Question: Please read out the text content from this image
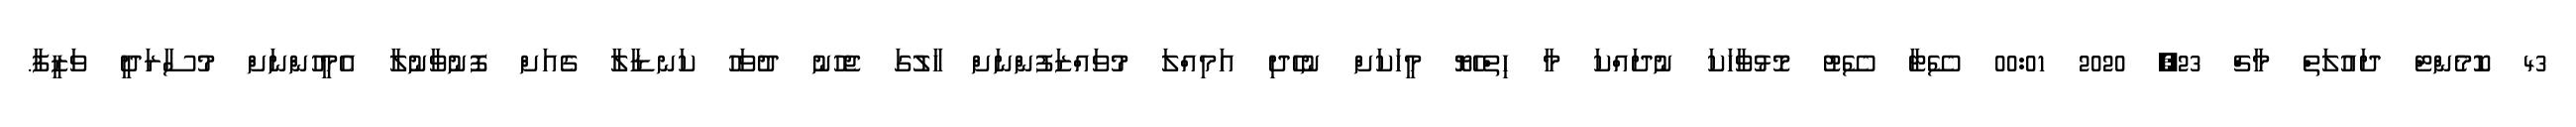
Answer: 43 ކޮމެންޓް ދައުލަތް މާޗް 23, 2020 00:01 ސޭޓާ ސޭޓު މޮޅުވާހަކަ ނުދައްކަ މާ ހިތްހެޔޮ މީހަކަށް ނުހެދި އަމިއްލަ މުވައްޒަފުންނަށް ހާލުގަ ޖެހުނު ދުވަހު ކަނޑާލާ ގެއަށް ފޮނުވާނުލާ އެމީހުންނަށް މުސާރަދީ ވަޒީފާ.